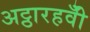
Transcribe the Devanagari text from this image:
अट्ठारहवीँ